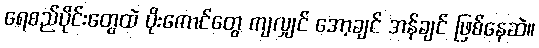
ရေစည်ပိုင်းတွေထဲ ပိုးကောင်တွေ ကျလျှင် အော့ချင် အန်ချင် ဖြစ်နေဆဲ။